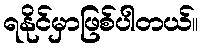
ရနိုင်မှာဖြစ်ပါတယ်။